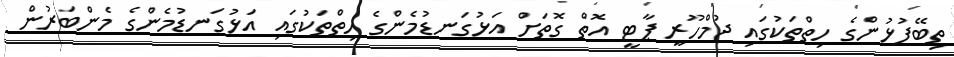
ތިބޭފުޅުންގެ ހިތްތަކުގައި ޖުމްހޫރީ ޕާޓީ އޮތް ގޮތަށް އަޅުގަނޑުމެންގެ ހިތްތަކުގައި އަޅުގަނޑުމެންގެ މެންބަރުން